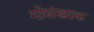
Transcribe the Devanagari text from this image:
गोसंख्यक